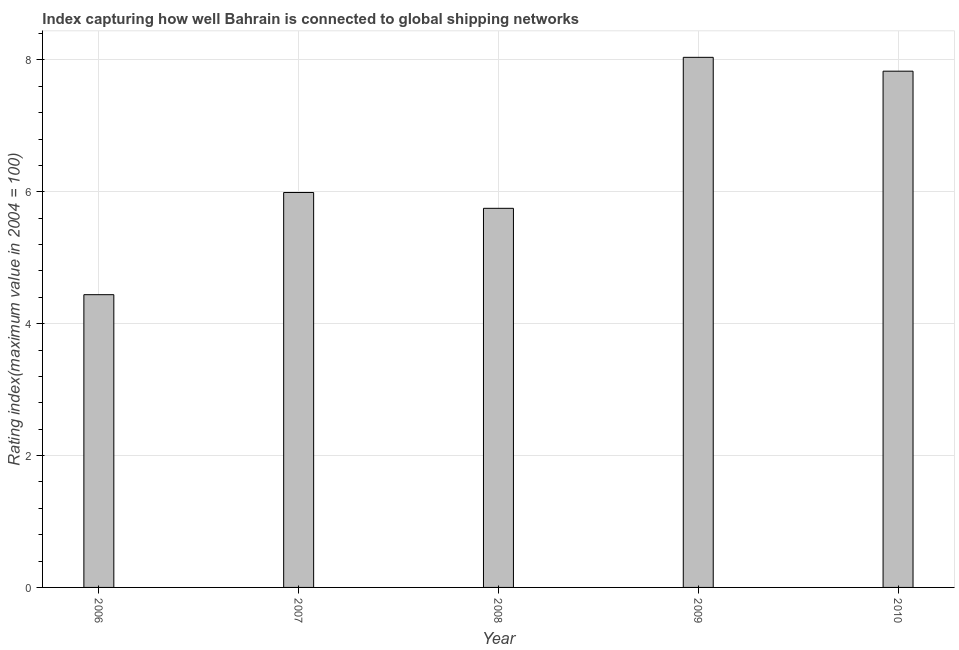
| Year | Liner shipping connectivity index  |
 | --- | --- |
 | 2006 | 4.44 |
 | 2007 | 5.99 |
 | 2008 | 5.75 |
 | 2009 | 8.04 |
 | 2010 | 7.83 |